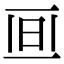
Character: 𣅯